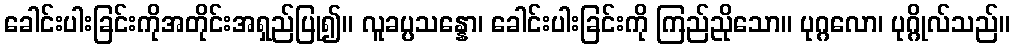
ခေါင်းပါးခြင်းကိုအတိုင်းအရှည်ပြု၍။ လူခပ္ပသန္နော၊ ခေါင်းပါးခြင်းကို ကြည်ညိုသော။ ပုဂ္ဂလော၊ ပုဂ္ဂိုလ်သည်။